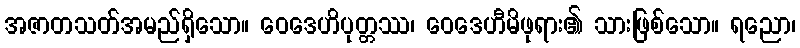
အဇာတသတ်အမည်ရှိသော။ ဝေဒေဟိပုတ္တဿ၊ ဝေဒေဟီမိဖုရား၏ သားဖြစ်သော။ ရညော၊